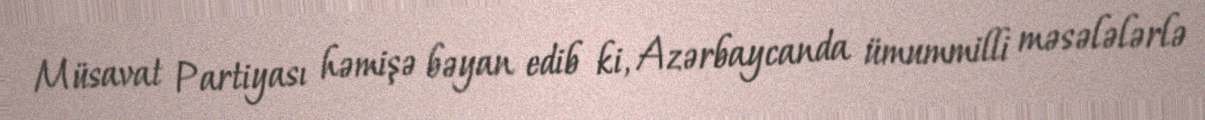
Müsavat Partiyası həmişə bəyan edib ki, Azərbaycanda ümummilli məsələlərlə